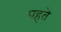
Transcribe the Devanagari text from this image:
पहते